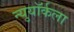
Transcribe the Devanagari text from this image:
न्युयॉर्कला